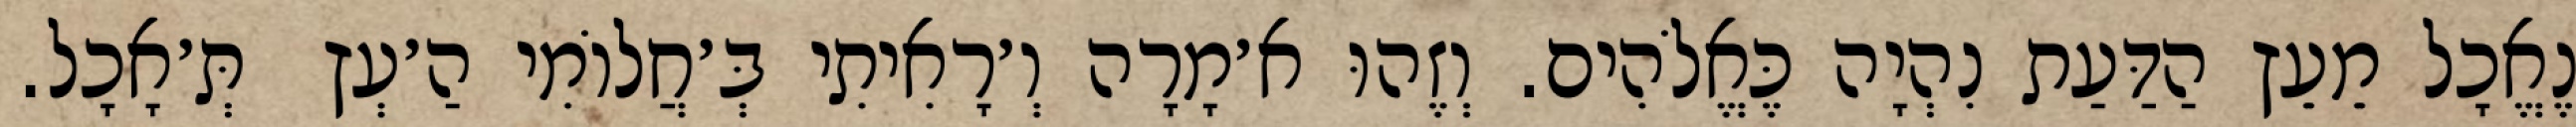
נֶאֱכָל מֵעֵץ הַדַּעַת נִהְיָה כֶּאֱלֹהִים. וְזֶהוּ א׳מָרָה וְ׳רָאִיתִי בְּ׳חֲלוֹמִי הַ׳עְץ  תְּ׳אָכָל.